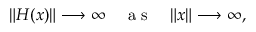
\begin{array} { r } { \| \boldsymbol { H } ( \boldsymbol { x } ) \| \longrightarrow \infty \quad \mathrm { ~ a ~ s ~ } \quad \| \boldsymbol { x } \| \longrightarrow \infty , } \end{array}